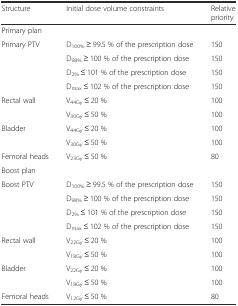
<table><thead><tr><td><b>Structure</b></td><td><b>Initial dose volume constraints</b></td><td><b>Relative priority</b></td></tr></thead><tbody><tr><td colspan="3">Primary plan</td></tr><tr><td>Primary PTV</td><td>D<sub>100%</sub> ≥ 99.5 % of the prescription dose</td><td>150</td></tr><tr><td></td><td>D<sub>98%</sub> ≥ 100 % of the prescription dose</td><td>150</td></tr><tr><td></td><td>D<sub>2%</sub> ≤ 101 % of the prescription dose</td><td>150</td></tr><tr><td></td><td>D<sub>max</sub> ≤ 102 % of the prescription dose</td><td>150</td></tr><tr><td>Rectal wall</td><td>V<sub>44Gy</sub> ≤ 20 %</td><td>100</td></tr><tr><td></td><td>V<sub>30Gy</sub> ≤ 50 %</td><td>100</td></tr><tr><td>Bladder</td><td>V<sub>44Gy</sub> ≤ 20 %</td><td>100</td></tr><tr><td></td><td>V<sub>30Gy</sub> ≤ 50 %</td><td>100</td></tr><tr><td>Femoral heads</td><td>V<sub>23Gy</sub> ≤ 50 %</td><td>80</td></tr><tr><td colspan="3">Boost plan</td></tr><tr><td>Boost PTV</td><td>D<sub>100%</sub> ≥ 99.5 % of the prescription dose</td><td>150</td></tr><tr><td></td><td>D<sub>98%</sub> ≥ 100 % of the prescription dose</td><td>150</td></tr><tr><td></td><td>D<sub>2%</sub> ≤ 101 % of the prescription dose</td><td>150</td></tr><tr><td></td><td>D<sub>max</sub> ≤ 102 % of the prescription dose</td><td>150</td></tr><tr><td>Rectal wall</td><td>V<sub>22Gy</sub> ≤ 20 %</td><td>100</td></tr><tr><td></td><td>V<sub>18Gy</sub> ≤ 50 %</td><td>100</td></tr><tr><td>Bladder</td><td>V<sub>22Gy</sub> ≤ 20 %</td><td>100</td></tr><tr><td></td><td>V<sub>18Gy</sub> ≤ 50 %</td><td>100</td></tr><tr><td>Femoral heads</td><td>V<sub>12Gy</sub> ≤ 50 %</td><td>80</td></tr></tbody></table>